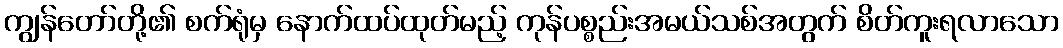
ကျွန်တော်တို့၏ စက်ရုံမှ နောက်ထပ်ထုတ်မည့် ကုန်ပစ္စည်းအမယ်သစ်အတွက် စိတ်ကူးရလာသော